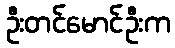
ဦးတင်မောင်ဦးက